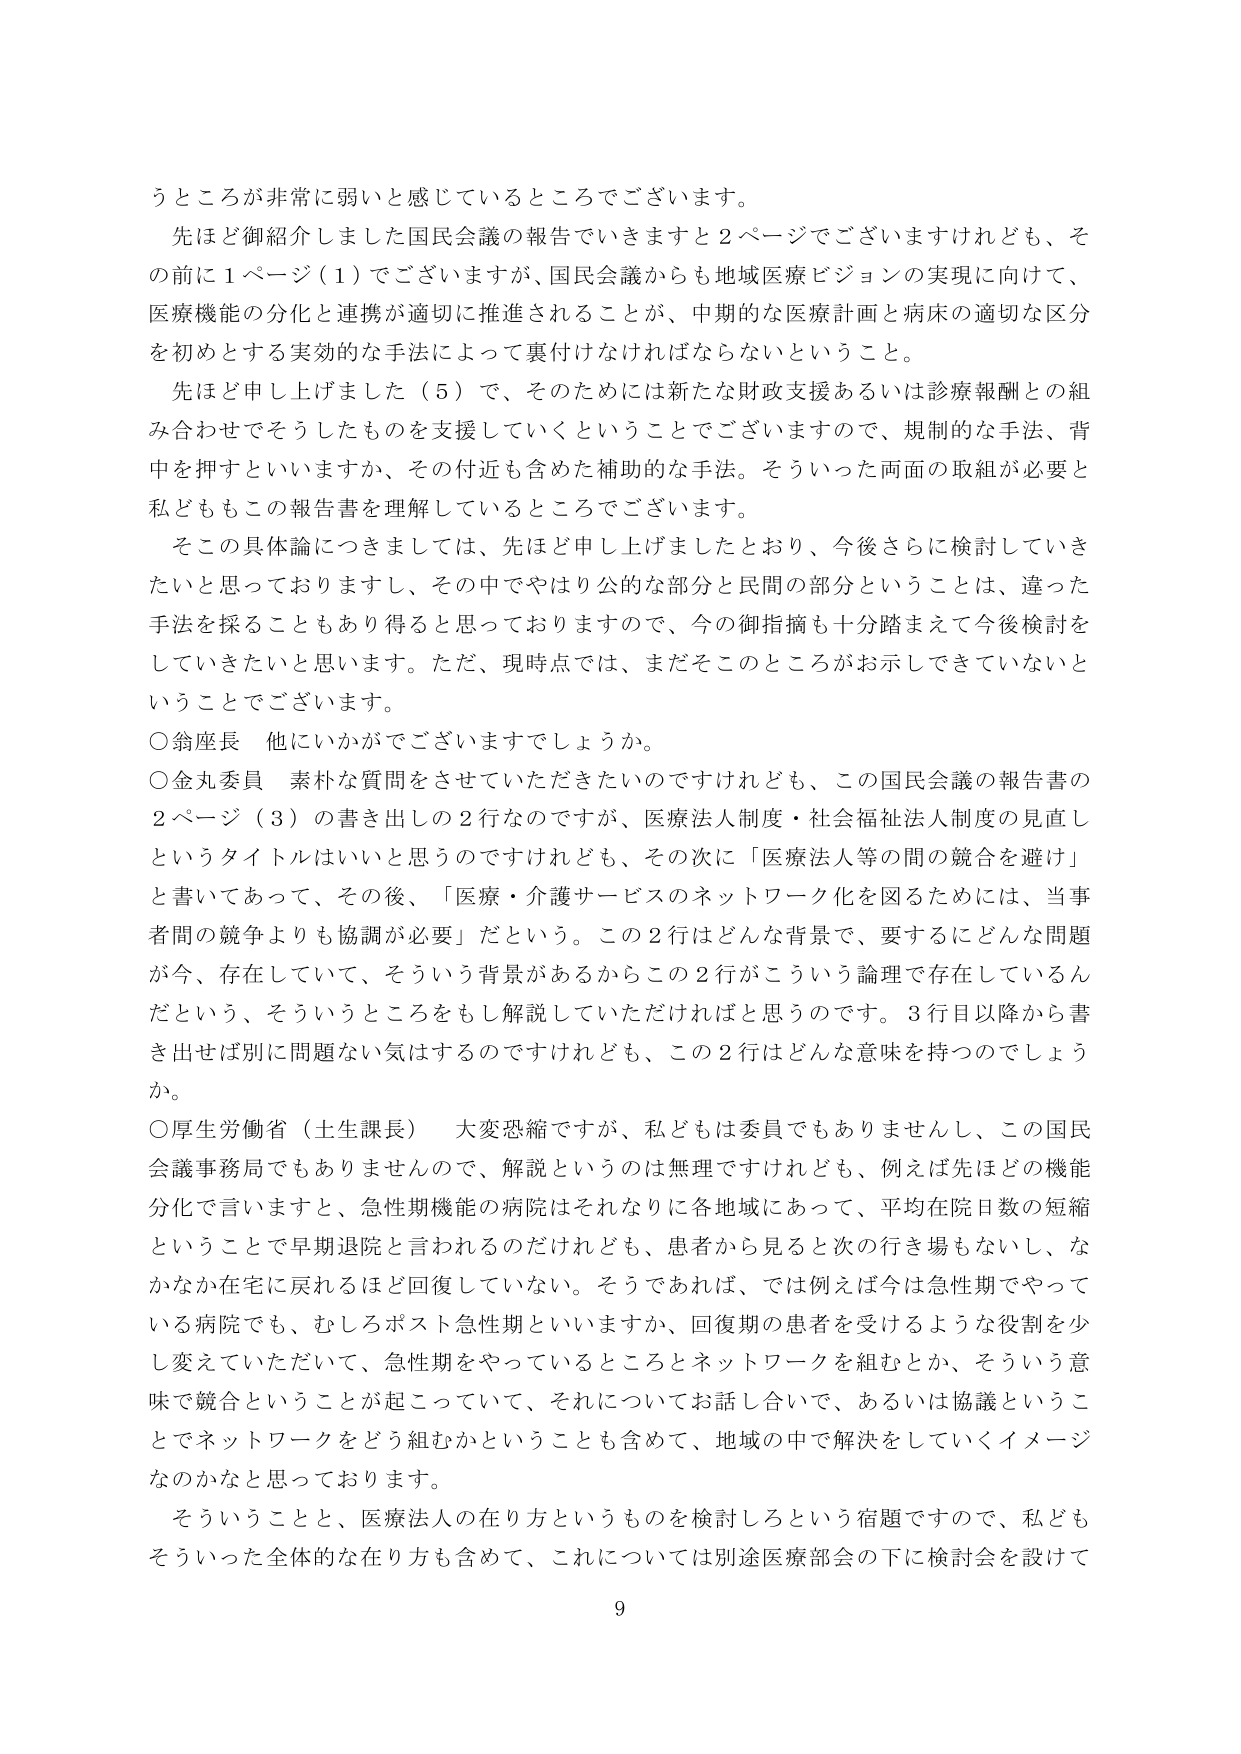
うところが非常に弱いと感じているところでございます。

先ほど御紹介しました国民会議の報告でいきますと２ページでございますけれども、その前に１ページ（１）でございますが、国民会議からも地域医療ビジョンの実現に向けて、医療機能の分化と連携が適切に推進されることが、中期的な医療計画と病床の適切な区分を初めとする実効的な手法によって裏付けなければならないということ。

先ほど申し上げました（５）で、そのためには新たな財政支援あるいは診療報酬との組み合わせでそうしたものを支援していくということでございますので、規制的な手法、背中を押すといいますか、その付近も含めた補助的な手法。そういった両面の取組が必要と私どももこの報告書を理解しているところでございます。

その具体論につきましては、先ほど申し上げましたとおり、今後さらに検討していきたいと思っておりますし、その中でやはり公的な部分と民間の部分ということは、違った手法を採ることもあり得ると思っておりますので、今の御指摘も十分踏まえて今後検討をしていきたいと思います。ただ、現時点では、まだそのところがお示しできていないということでございます。

○翁座長　他にいかがでございますでしょうか。

○金丸委員　素朴な質問をさせていただきたいのですけれども、この国民会議の報告書の２ページ（３）の書き出しの２行なのですが、医療法人制度・社会福祉法人制度の見直しというタイトルはいいと思うのですけれども、その次に「医療法人等の間の競合を避け」と書いてあって、その後、「医療・介護サービスのネットワーク化を図るためには、当事者間の競争よりも協調が必要」だという。この２行はどんな背景で、要するにどんな問題が今、存在していて、そういう背景があるからこの２行がこういう論理で存在しているんだという、そういうところをもし解説していただければと思うのです。３行目以降から書き出せば別に問題ない気はするのですけれども、この２行はどんな意味を持つのでしょうか。

○厚生労働省（土生課長）　大変恐縮ですが、私どもは委員でもありませんし、この国民会議事務局でもありませんので、解説というのは無理ですけれども、例えば先ほどの機能分化で言いますと、急性期機能の病院はそれなりに各地域にあって、平均在院日数の短縮ということで早期退院と言われるのだけれども、患者から見ると次の行き場もないし、なかなか在宅に戻れるほど回復していない。そうであれば、では例えば今は急性期でやっている病院でも、むしろポスト急性期といいますか、回復期の患者を受けるような役割を少し変えていただいて、急性期をやっているところとネットワークを組むとか、そういう意味で競合ということが起こっていて、それについてお話しが合いで、あるいは協議ということでネットワークをどう組むかということも含めて、地域の中で解決をしていくイメージなのかなと思っております。

そういうことと、医療法人の在り方というものを検討しろという宿題ですので、私どもそういった全体的な在り方も含めて、これについては別途医療部会の下に検討会を設けて

9